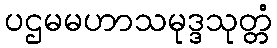
ပဌမမဟာသမုဒ္ဒသုတ္တံ